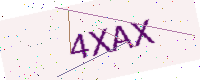
Text: 4XAX